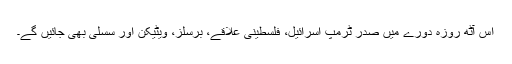
اس آٹھ روزہ دورے میں صدر ٹرمپ اسرائیل، فلسطینی علاقے، برسلز، ویٹیکن اور سسلی بھی جائیں گے۔